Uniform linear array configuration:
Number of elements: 24
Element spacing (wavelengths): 0.25
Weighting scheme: blackman
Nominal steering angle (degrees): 30
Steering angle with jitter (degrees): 30.849
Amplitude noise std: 0.05
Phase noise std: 0.05

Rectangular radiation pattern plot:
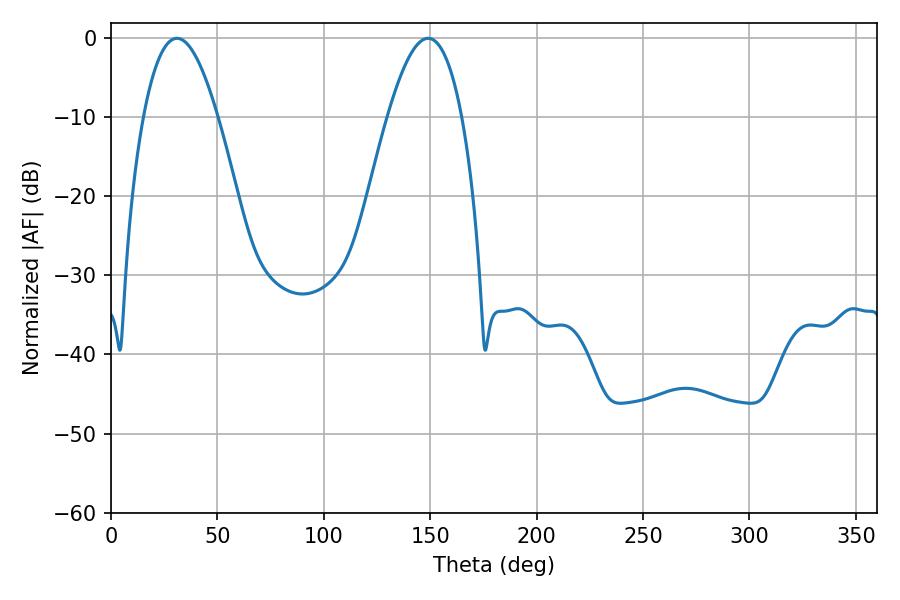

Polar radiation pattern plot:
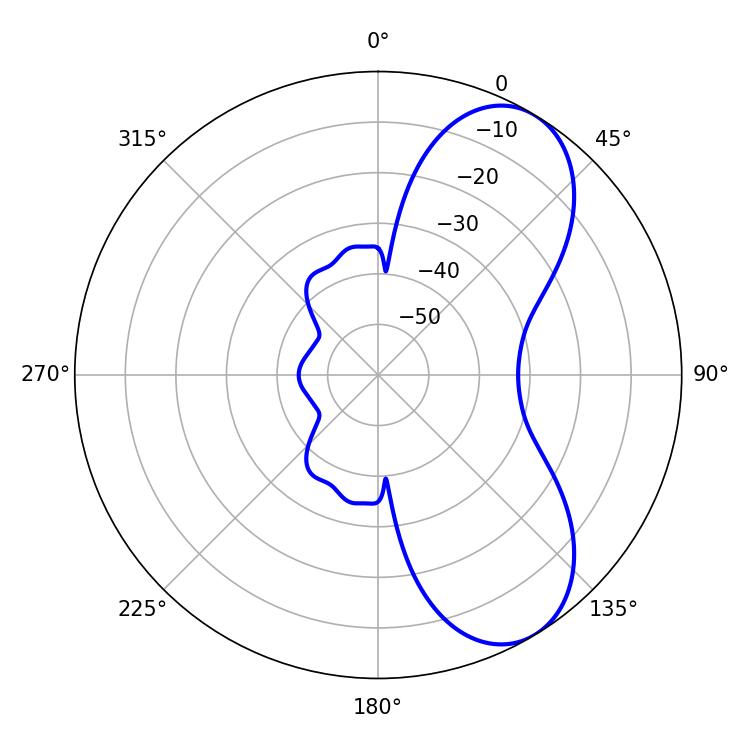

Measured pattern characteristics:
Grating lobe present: FALSE
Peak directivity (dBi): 7.229
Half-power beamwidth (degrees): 19.08
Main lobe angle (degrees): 30.96